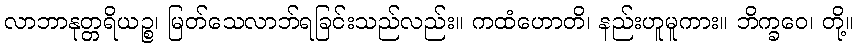
လာဘာနုတ္တရိယဉ္စ၊ မြတ်သေလာဘ်ရခြင်းသည်လည်း။ ကထံဟောတိ၊ နည်းဟူမူကား။ ဘိက္ခဝေ၊ တို့။